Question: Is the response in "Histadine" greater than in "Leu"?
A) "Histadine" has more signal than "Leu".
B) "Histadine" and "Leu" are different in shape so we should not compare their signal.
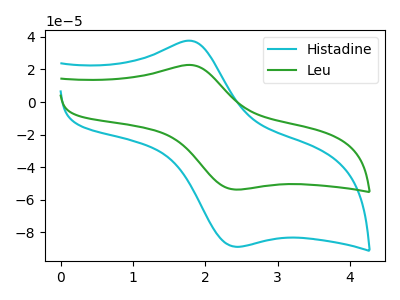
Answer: <think>The cyan curve "Histadine" has an anodic peak at (1.85V, 37.35uA) and a cathodic peak at (2.40V, -88.75uA). The green curve "Leu" has an anodic peak at (1.85V, 22.60uA) and a cathodic peak at (2.40V, -53.65uA).
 All the peaks in "Histadine" have a peak in "Leu" at the same potential. Every peak in "Histadine" is higher than every peak in "Leu".</think>
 <answer>A) "Histadine" has more signal than "Leu".</answer>
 <eval>A</eval>